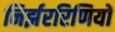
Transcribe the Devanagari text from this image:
निर्झररिणियों